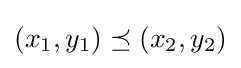
(x_{1},y_{1})\preceq (x_{2},y_{2})